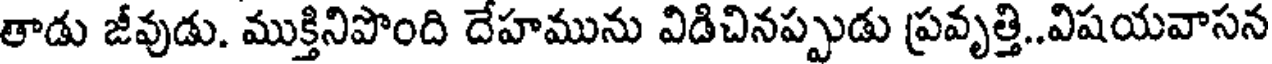
తాడు జీవుడు. ముక్తినిపొంది దేహమును విడిచినప్పుడు ప్రవృత్తి..విషయవాసన